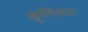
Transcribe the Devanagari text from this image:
कृत्तिवस